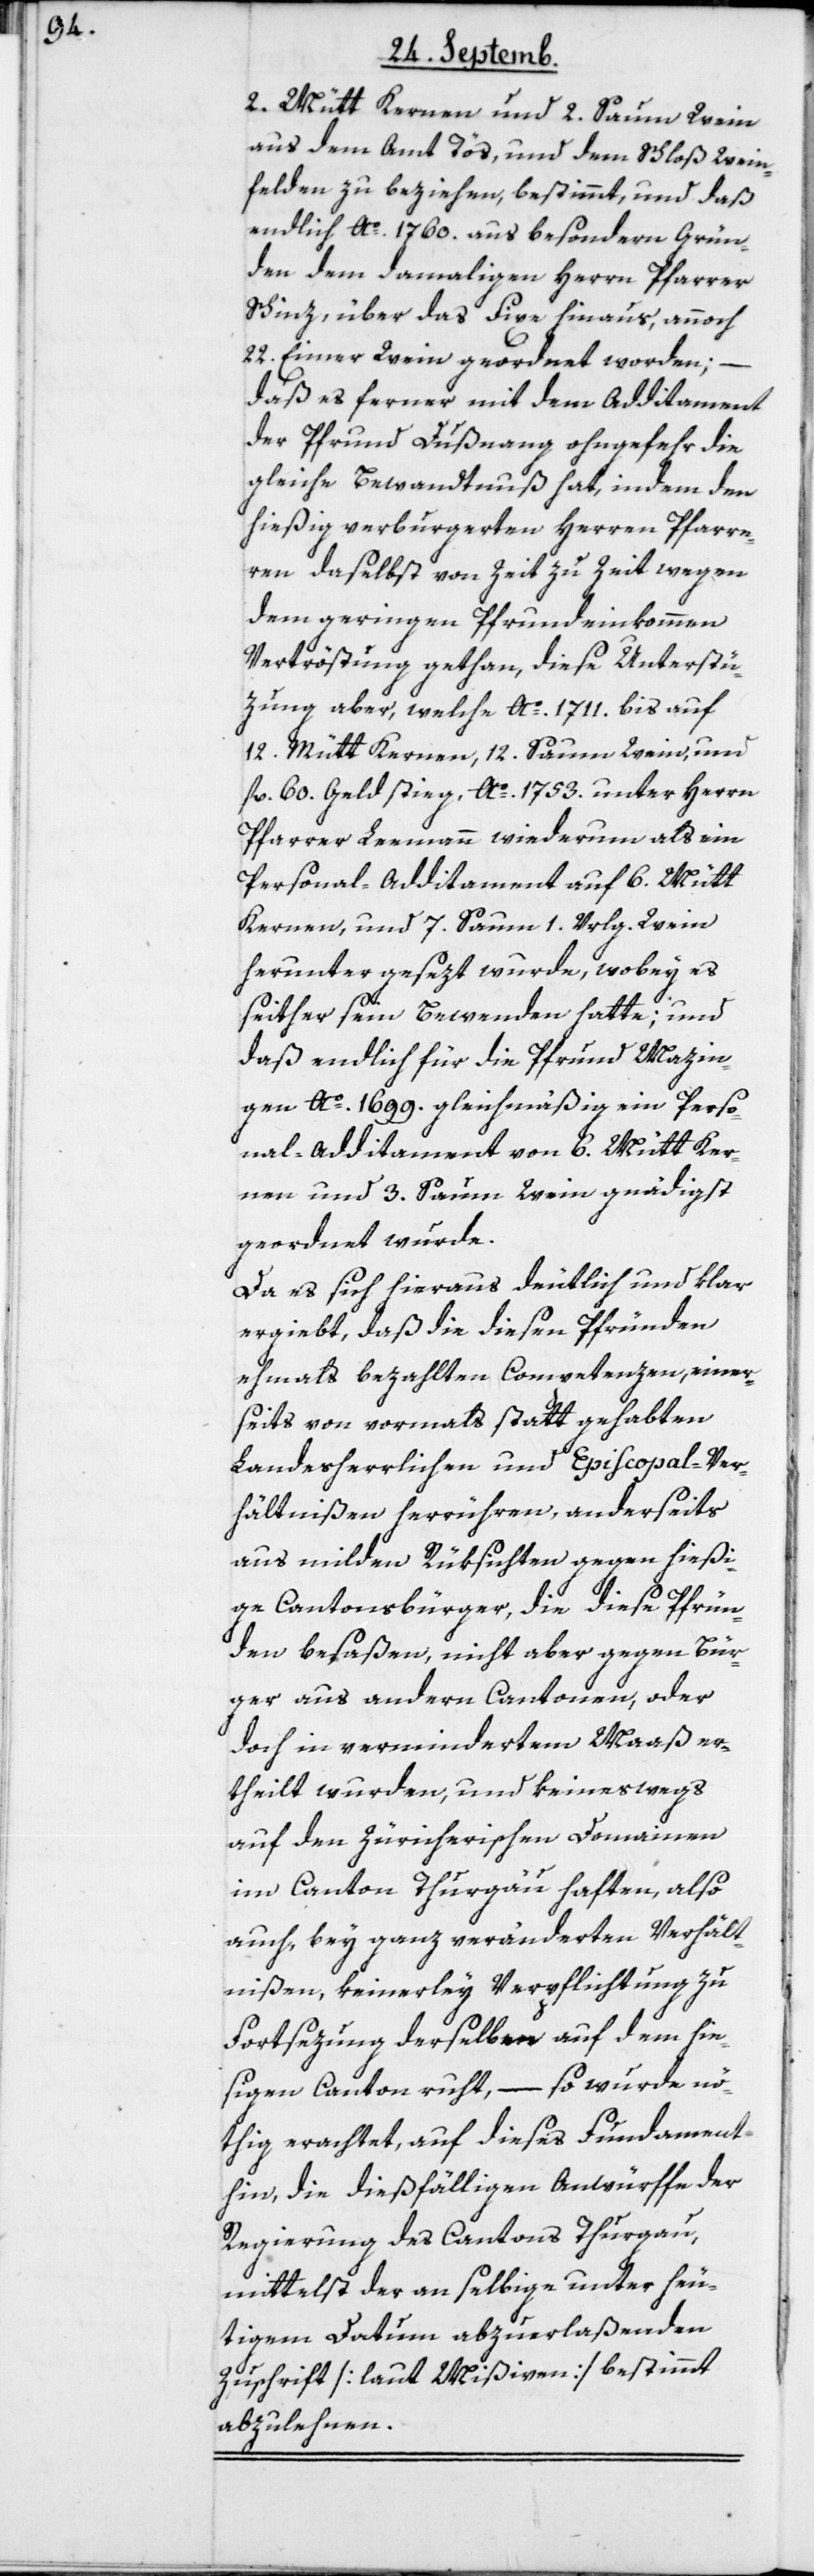
2. Mütt Kernen und 2. Saum Wein
aus dem Amt Tös ,und dem Schloß Wein¬
felden zu beziehen, bestimmt, und daß
endlich Ao. 1760. aus besondern Grün¬
den dem damaligen Herrn Pfarrer
Schinz, über das Fixe hinaus, annoch
22. Eimer Wein geordnet worden; –
daß es ferner mit dem Additament
der Pfrund Dußnang ohngefehr die
gleiche Bewandtnuß hat, indem den
hießig verburgerten Herren Pfarre¬
rn daselbst von Zeit zu Zeit wegen
dem geringen Pfrundeinkommen
Vertröstung gethan, diese Unterstü¬
zung aber, welche Ao. 1711. bis auf
12. Mütt Kernen, 12. Saum Wein, und
fl. 60. Geld stieg, Ao. 1753. unter Herrn
Pfarrer Leemann wiederum als ein
Personal-Additament auf 6. Mütt
Kernen, und 7. Saum 1. Vrlg. Wein
herunter gesezt wurde, wobey es
seither sein Bewenden hatte; und
daß endlich für die Pfrund Mazin¬
gen Ao. 1699. gleichmäßig ein Perso¬
nal-Additament von 6. Mütt Ker¬
nen und 3. Saum Wein gnädigst
geordnet wurde.
Da es sich hieraus deutlich und klar
ergiebt, daß die diesen Pründen
ehmahls bezahlten Competenzen, einer¬
seits von vormals statt gehabten
Landesherrlichen und Episcopal-Ver¬
hältnißen herrühren, anderseits
aus milden Rüksichten gegen hießi¬
ge Cantonsbürger, die diese Pfrün¬
den besaßen, nicht aber gegen Bür¬
ger aus andern Cantonen, oder
doch in vermindertem Maaß er¬
theilt wurden, und keineswegs
auf den Zürcherischen Domainen
im Canton Thurgau haften, also
auch, bey ganz veränderten Verhält¬
nißen, keinerley Verpflichtung zu
Fortsezung derselben auf dem hie¬
ßigen Canton ruht, – so wurde nö¬
thig erachtet, auf dieses Fundament
hin, die dießfälligen Anwürffe der
Regierung des Cantons Thurgau,
mittelst der an selbige unter heu¬
tigem Datum abzuerlaßenden
Zuschrift [laut Mißiven] bestimmt
abzulehnen.